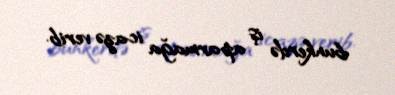
bunkerdə iş aparmağa icazə verib.